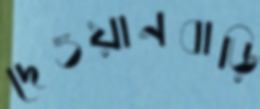
দেওয়ানবাড়ি